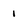
Character: 1